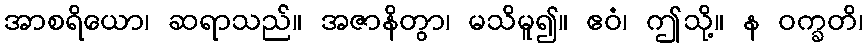
အာစရိယော၊ ဆရာသည်။ အဇာနိတွာ၊ မသိမူ၍။ ဧဝံ၊ ဤသို့။ န ဝက္ခတိ၊